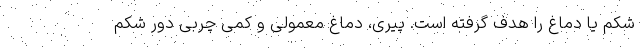
شکم یا دماغ را هدف گرفته است. پیری، دماغ معمولی و کمی چربی دور شکم